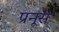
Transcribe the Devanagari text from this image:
प्रनूस